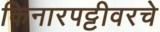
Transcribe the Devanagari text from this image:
किनारपट्टीवरचे